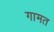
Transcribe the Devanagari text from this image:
गामत